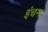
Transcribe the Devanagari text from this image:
इंचन